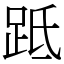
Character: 䟡